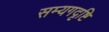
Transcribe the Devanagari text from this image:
सम्यगदृष्टि